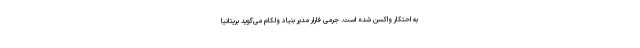
به احتکار واکسن شده است. جرمی فارار مدیر بنیاد ولکام می‌گوید بریتانیا